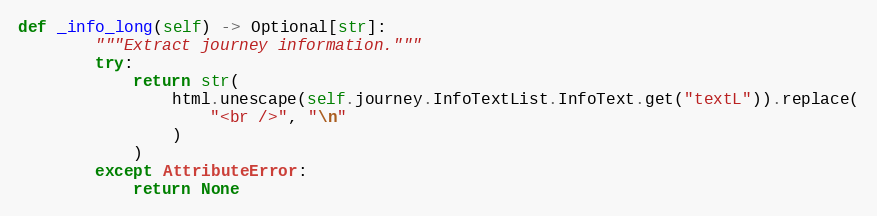
Language: Python
def _info_long(self) -> Optional[str]:
        """Extract journey information."""
        try:
            return str(
                html.unescape(self.journey.InfoTextList.InfoText.get("textL")).replace(
                    "<br />", "\n"
                )
            )
        except AttributeError:
            return None